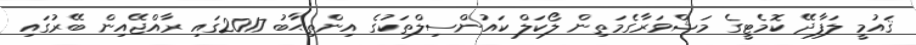
ޤައުމީ ލަފާދޭ ކޮމެޓީގެ މަޝްވަރާގެމަތިން ލޯކަލް ކައުންސިލްތަކުގެ އިންތިޙާބު 2017ގައި ރާއްޖޭއިން ބޭރުގައި